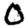
Digit: 0